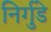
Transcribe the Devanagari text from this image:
निर्गुडे